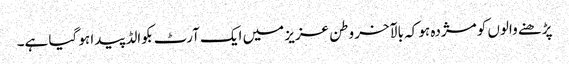
پڑھنے والوں کو مژدہ ہو کہ بالآخر وطن عزیز میں ایک آرٹ بکوالڈ پیدا ہو گیا ہے۔